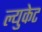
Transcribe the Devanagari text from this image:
ल्युकेट